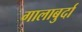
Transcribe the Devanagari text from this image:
गालाबुर्दा